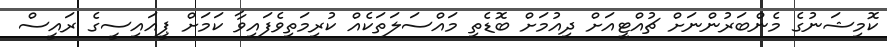
ކޮމިޝަނުގެ މެންބަރުންނަށް ޗުއްޓީއަށް ދިއުމަށް ބޮޑެތި މައްސަލަތަކެއް ކުރިމަތިވެފައިވާ ކަމަށް ޕީއައިސީގެ ރައީސް